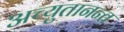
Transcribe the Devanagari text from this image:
अच्युतानन्त